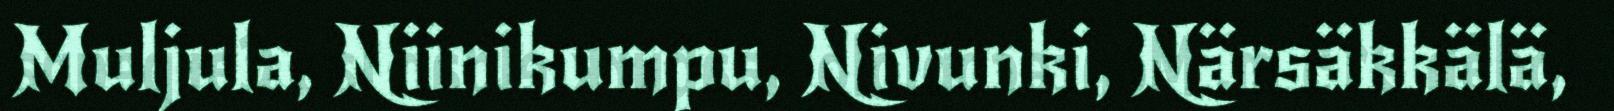
Muljula, Niinikumpu, Nivunki, Närsäkkälä,